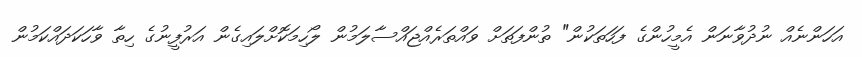
އަހަންނެއް ނުދުވާނަން އެމީހުންގެ ފަހަތަކުން" ތުންފަތަށް ވައްތަރެއްޖައްސާލަމުން ލޯހިމަކޮށްލައިގެން އަރުފީނުގެ ހިތާ ވާހަކަދައްކަމުން